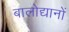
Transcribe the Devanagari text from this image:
बालोद्यानों